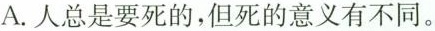
A.人总是要死的，但死的意义有不同。